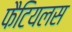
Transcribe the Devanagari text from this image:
फैटियलस